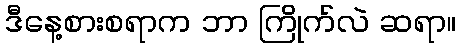
ဒီနေ့စားစရာက ဘာ ကြိုက်လဲ ဆရာ။